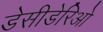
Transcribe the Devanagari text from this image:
डेसीडेरिओ